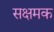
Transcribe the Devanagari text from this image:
सक्षमक